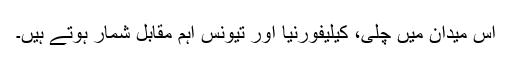
اس میدان میں چِلی، کیلیفورنیا اور تیونس اہم مقابل شمار ہوتے ہیں۔